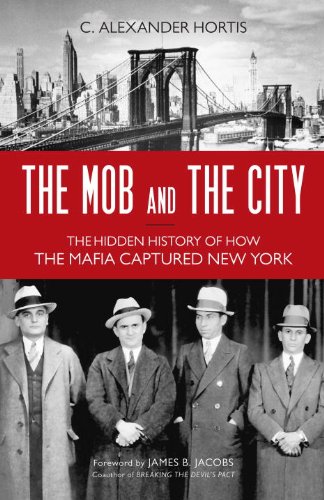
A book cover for The Mob and the City: The Hidden History of How the Mafia Captured New York; C. Alexander Hortis; Biographies & Memoirs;